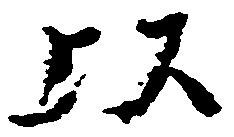
以